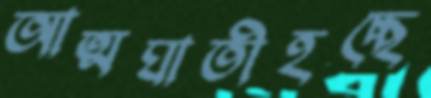
আত্মঘাতীহচ্ছে